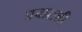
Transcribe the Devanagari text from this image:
प्रचाराशी